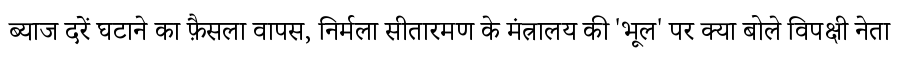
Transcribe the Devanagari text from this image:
ब्याज दरें घटाने का फ़ैसला वापस, निर्मला सीतारमण के मंत्रालय की 'भूल' पर क्या बोले विपक्षी नेता